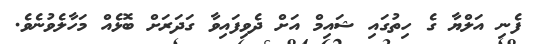
ފެނި އަލްޔާ ގެ ހިތުގައި ޝައިމް އަށް ދެވިފައިވާ ގަދަރަށް ބޮޅެއް މަހާލެވުނެވެ.